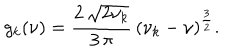
g _ { k } ( \nu ) = \frac { 2 \, { \sqrt { 2 \nu _ { k } } } } { 3 \, \pi } \, { \left( \nu _ { k } - \nu \right) } ^ { \frac { 3 } { 2 } } .